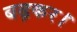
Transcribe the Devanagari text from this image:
बढ़कर।